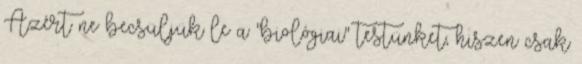
Azért ne becsüljük le a "biológiai" testünket, hiszen csak